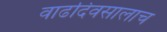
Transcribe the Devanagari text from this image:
वाढदिवसालाच